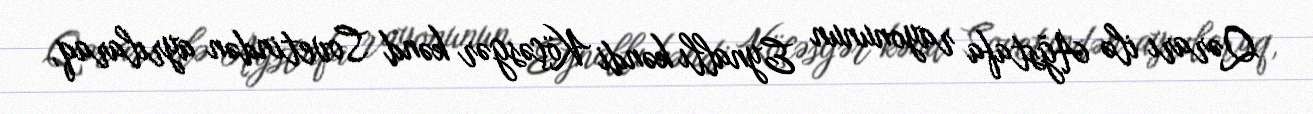
Qərarı ilə Ağstafa rayonunun Eynallı kəndi Köçəsgər kənd Sovetindən ayrılaraq,